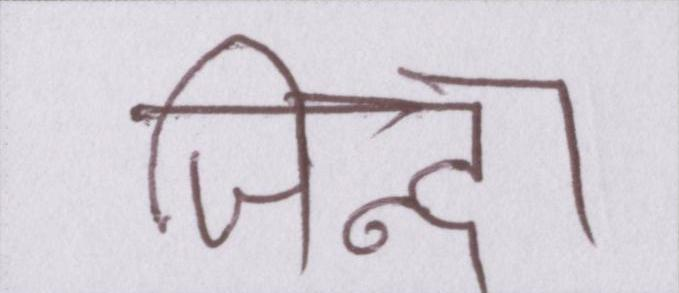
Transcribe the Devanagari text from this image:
जिन्दा